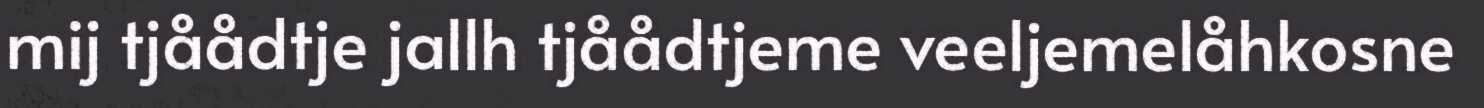
mij tjåådtje jallh tjåådtjeme veeljemelåhkosne